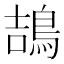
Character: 鴶